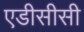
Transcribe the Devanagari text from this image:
एडीसीसी